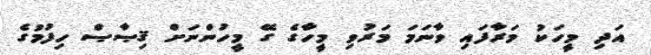
އަދި މީހަކު މަރާފައި ވާނަމަ މަރުވި މީހާގެ ގޭ މީހުންނަށް ޤިޞާޞް ހިފުމުގެ